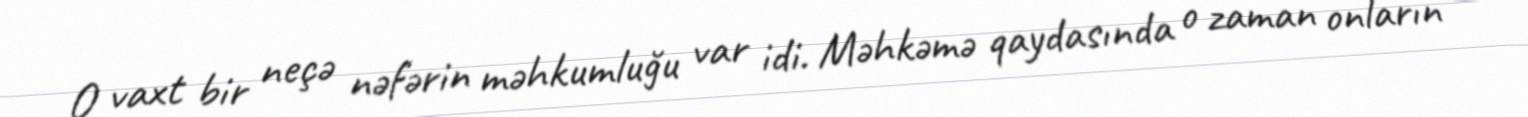
O vaxt bir neçə nəfərin məhkumluğu var idi. Məhkəmə qaydasında o zaman onların